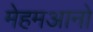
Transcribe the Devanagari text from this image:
मेहमआनो